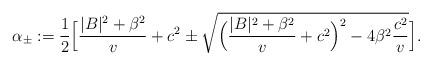
LaTeX: \begin{align*}\alpha_{\pm}:=\frac{1}{2} \Big[ \frac{|B|^2+\beta^2}{v} +c^2 \pm\sqrt{ \Big( \frac{|B|^2+\beta^2}{v}+c^2 \Big)^2-4\beta^2\frac{c^2}{v}} \Big].\end{align*}